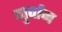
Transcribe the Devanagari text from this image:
गुर्वान